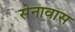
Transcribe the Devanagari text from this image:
सेनावास